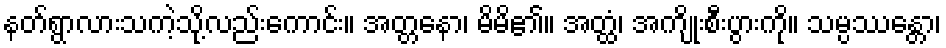
နတ်ရွာလားသကဲ့သို့လည်းကောင်း။ အတ္တနော၊ မိမိ၏။ အတ္ထံ၊ အကျိုးစီးပွားကို။ သမ္ပဿန္တော၊